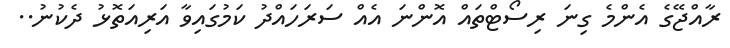
ރާއްޖޭގެ އެންމެ ގިނަ ރިސޯޓްތައް އޮންނަ އެއް ސަރަހައްދު ކަމުގައިވާ އަރިއަތޮޅު ދެކުނު..